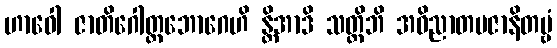
ဟာဝေါ ဇာတိဂေါတ္တဘောဂေဟိ န္တိအာဒိ သတ္တိဘိ အဝိညာတမဇာနိတဗ္ဗံ